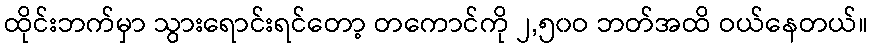
ထိုင်းဘက်မှာ သွားရောင်းရင်တော့ တကောင်ကို ၂,၅၀ဝ ဘတ်အထိ ဝယ်နေတယ်။